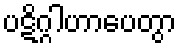
ပဋိဂ္ဂါဟာပေတွာ